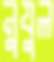
নুযুল